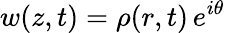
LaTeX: w(z,t)=\rho(r,t)\, e^{i\theta}